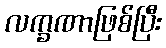
လက္ခဏာဖြစ်ပြီး